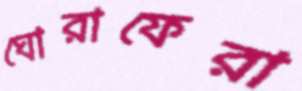
ঘোরাফেরা